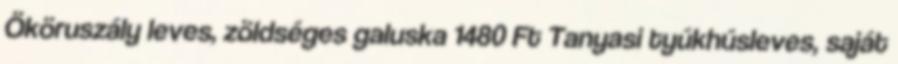
Ököruszály leves, zöldséges galuska 1480 Ft Tanyasi tyúkhúsleves, saját